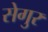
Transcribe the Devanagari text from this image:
सेगुर